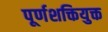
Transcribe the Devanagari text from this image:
पूर्णशक्तियुक्त